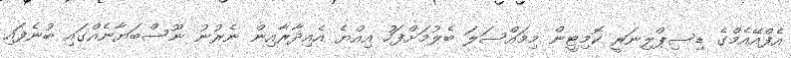
އެފްއޭއެމްގެ ޑިސިޕްލިނަރީ ކޮމިޓީން މިމައްސަލަ ބެލުމަށްފަހު އިއްޔެ އެއިދާރާއިން ނެރުނު ނޫސްބަޔާނެއްގައި ބުނެފައި